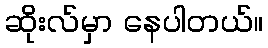
ဆိုးလ်မှာ နေပါတယ်။